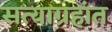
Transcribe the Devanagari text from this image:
सत्याग्रहांत